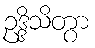
ဥဒ္ဒိသိတွာ